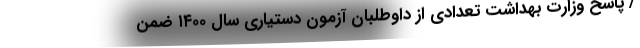
/ پاسخ وزارت بهداشت تعدادی از داوطلبان آزمون دستیاری سال ۱۴۰۰ ضمن